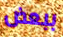
ببعض